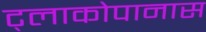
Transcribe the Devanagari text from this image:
ट्लाकोपानास